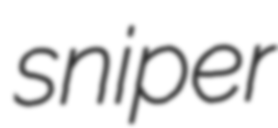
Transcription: sniper